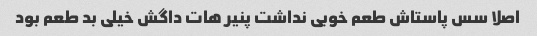
اصلا سس پاستاش طعم خوبی نداشت پنیر هات داگش خیلی بد طعم بود